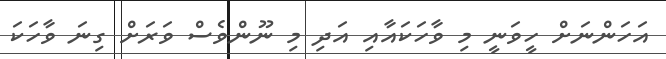
އަހަންނަށް ހީވަނީ މި ވާހަކައާއި އަދި މި ނޫންވެސް ވަރަށް ގިނަ ވާހަކަ